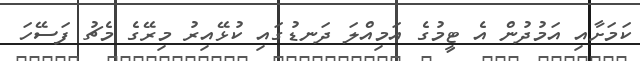
ކަމަށާއި އަމުދުން އެ ޓީމުގެ އަމިއްލަ ދަނޑުގައި ކުޅޭއިރު މިރޭގެ މެޗު ފަސޭހަ